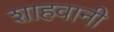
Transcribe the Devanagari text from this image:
शाहवानी